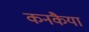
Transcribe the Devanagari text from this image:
कनकैया